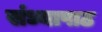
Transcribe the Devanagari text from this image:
संध्यापाठ